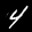
Label: 4